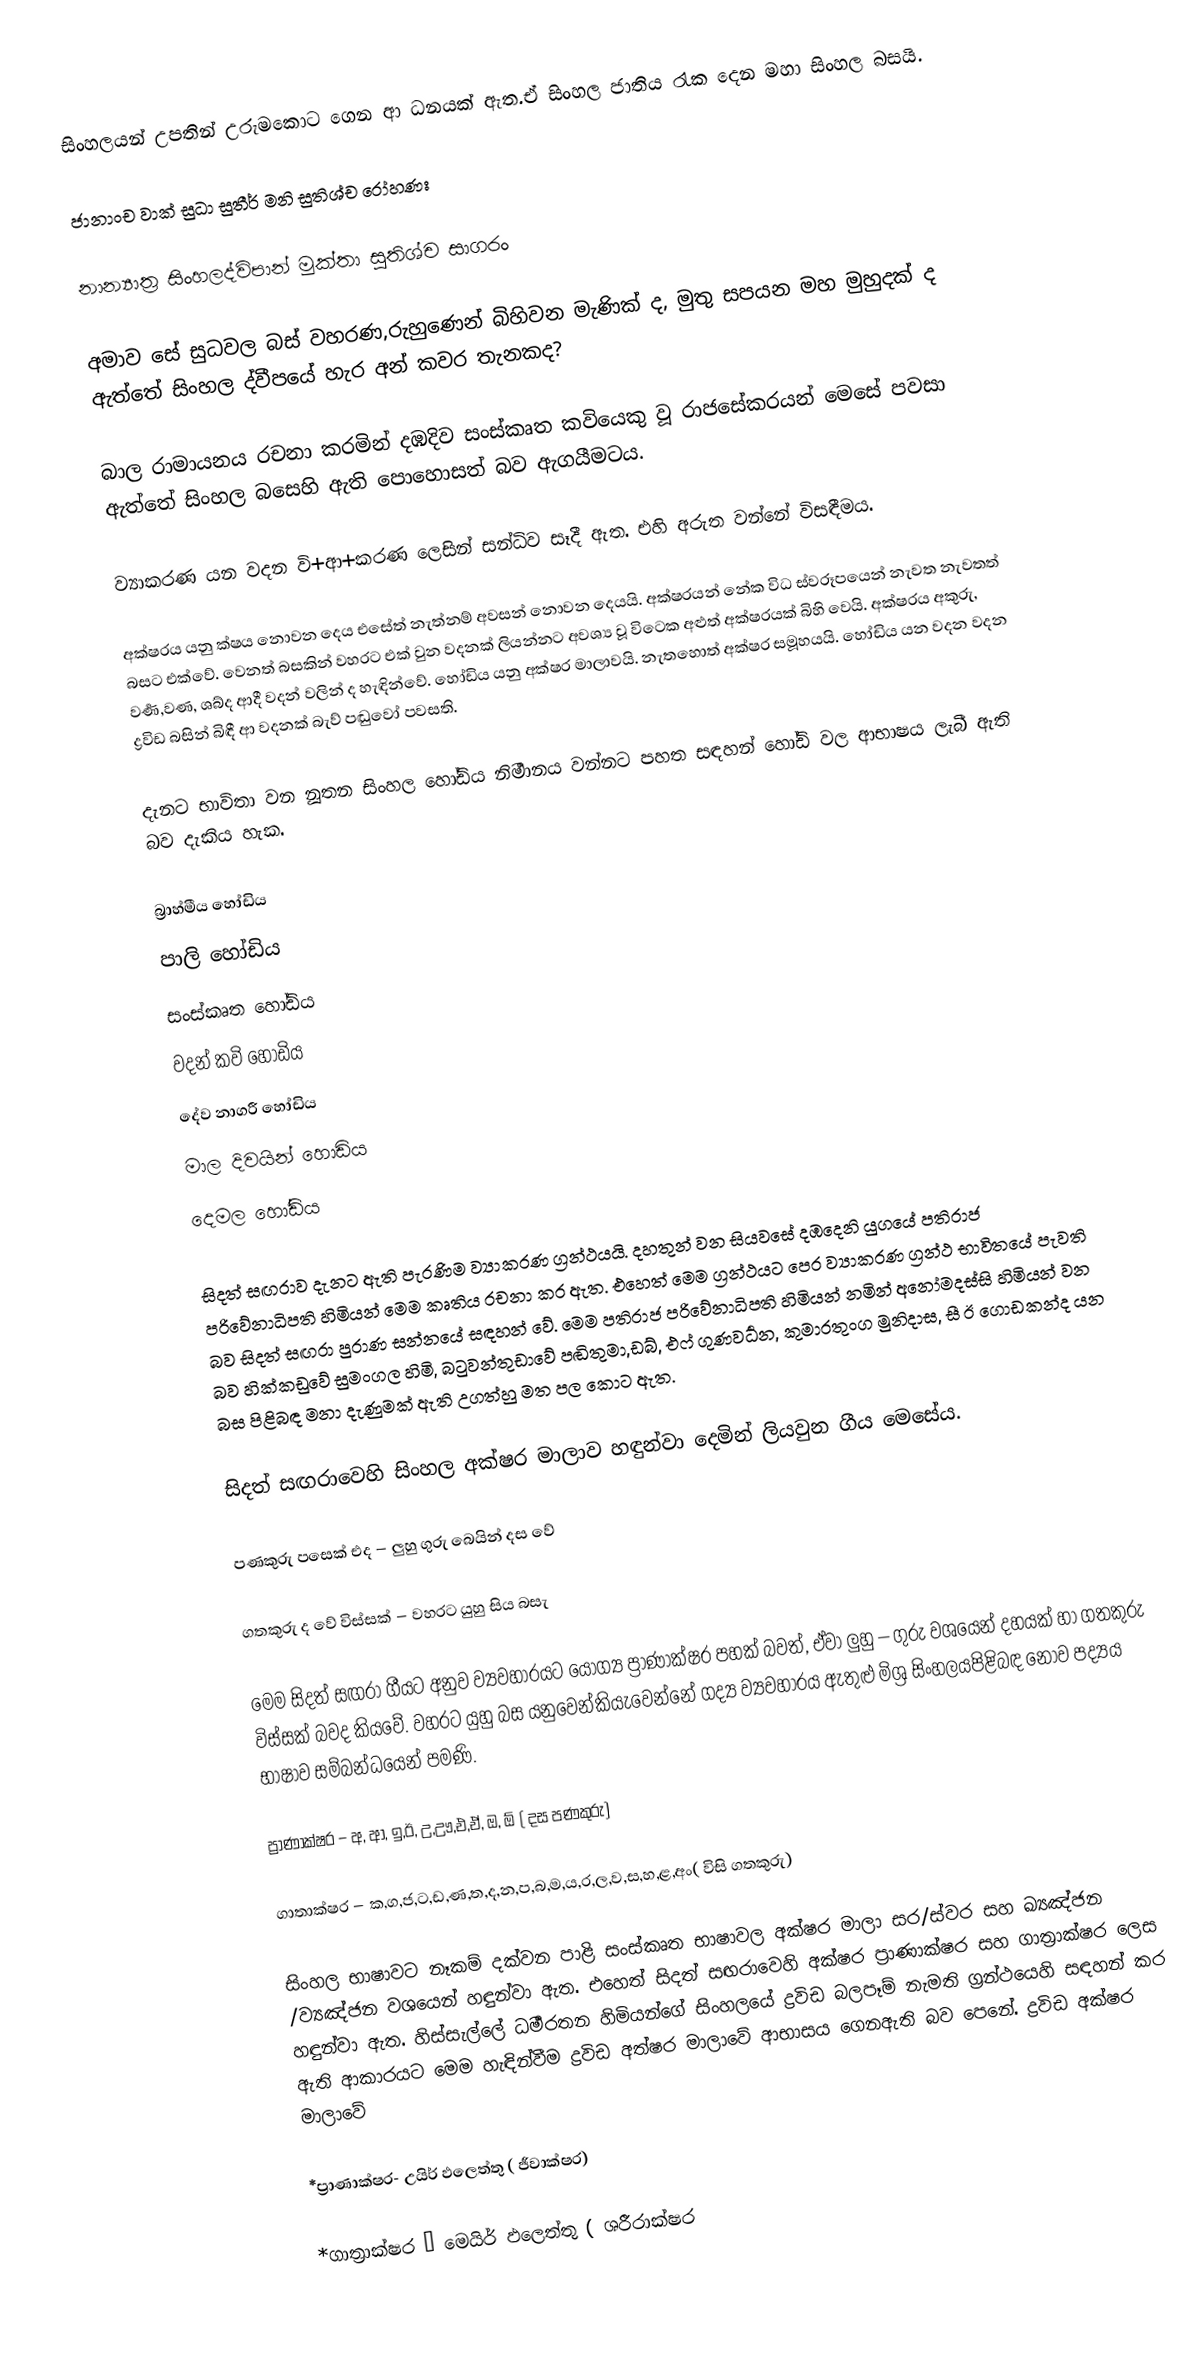
සිංහලයන් උපතින් උරුමකොට ගෙන ආ ධනයක් ඇත.ඒ සිංහල ජාතිය රැක දෙන මහා සිංහල බසයි.

ජානාංච වාක් සුධා සුතීර් මනි සුතිශ්ච රෝහණඃ

නාන්‍යාත්‍ර සිංහලද්විපාන් මුක්තා සුතිශ්ච සාගරං

අමාව සේ සුධවල බස් වහරණ,රුහුණෙන් බිහිවන මැණික් ද, මුතු සපයන මහ මුහුදක් ද ඇත්තේ සිංහල ද්වීපයේ හැර අන් කවර තැනකද?

බාල රාමායනය රචනා කරමින් දඹදිව සංස්කෘත කවියෙකු වූ රාජසේකරයන් මෙසේ පවසා ඇත්තේ සිංහල බසෙහි ඇති පොහොසත් බව ඇගයීමටය.

ව්‍යාකරණ යන වදන  වි+ආ+කරණ ලෙසින් සන්ධිව සෑදී ඇත. එහි අරුත වන්නේ විසඳීමය.

අක්ෂරය යනු ක්ෂය නොවන දෙය එසේත් නැත්නම් අවසන් නොවන දෙයයි. අක්ෂරයන් නේක විධ ස්වරූපයෙන් නැවත නැවතත් බසට එක්වේ. වෙනත් බසකින් වහරට එක් වුන වදනක් ලියන්නට අවශ්‍ය වූ විටෙක අළුත් අක්ෂරයක් බිහි වෙයි. අක්ෂරය අකුරු, වර්‍ණ,වණ, ශබ්ද ආදී වදන් වලින් ද හැඳින්වේ. හෝඩිය යනු අක්ෂර මාලාවයි. නැතහොත් අක්ෂර සමූහයයි. හෝඩිය යන වදන වදන ද්‍රවිඩ බසින් බිඳී ආ වදනක් බැව් පඬුවෝ පවසති.

දැනට භාවිතා වන නූතන සිංහල හෝඩිය නිර්‍මානය වන්නට පහත සඳහන් හෝඩි වල ආභාෂය ලැබී ඇති බව දැකිය හැක.

 බ්‍රාහ්මීය හෝඩිය
 පාලි හෝඩිය
 සංස්කෘත හෝඩිය
 වදන් කවි හෝඩිය
 දේව නාගරී හෝඩිය
 මාල දිවයින් හොඩිය
 දෙමල හෝඩිය

සිදත් සඟරාව දැනට ඇති පැරණිම ව්‍යාකරණ ග්‍රන්ථයයි. දහතුන් වන සියවසේ දඹදෙනි යුගයේ පතිරාජ පරිවේනාධිපති හිමියන් මෙම කෘතිය රචනා කර ඇත. එහෙත් මෙම ග්‍රන්ථයට පෙර ව්‍යාකරණ ග්‍රන්ථ භාවිතයේ පැවති බව සිදත් සඟරා පුරාණ සන්නයේ සඳහන් වේ. මෙම පතිරාජ පරිවේනාධිපති හිමියන් නමින් අනෝමදස්සි හිමියන් වන බව හික්කඩුවේ සුමංගල හිමි, බටුවන්තුඩාවේ පඬිතුමා,ඩබ්, එෆ් ගුණවර්‍ධන, කුමාරතුංග මුනිදාස, සී ඊ ගොඩකන්ද යන බස පිළිබඳ මනා දැණුමක් ඇති උගත්හු මත පල කොට ඇත.

සිදත් සඟරාවෙහි  සිංහල අක්ෂර මාලාව හඳුන්වා දෙමින් ලියවුන ගීය මෙසේය.

පණකුරු පසෙක් එද – ලුහු ගුරු බෙයින් දස වේ

ගතකුරු ද වේ විස්සක් – වහරට යුහු සිය බසැ

මෙම  සිදත් සඟරා ගීයට අනුව ව්‍යවහාරයට යෝග්‍ය ප්‍රාණාක්ෂර පහක් බවත්, ඒවා ලුහු – ගුරු වශයෙන් දහයක් හා ගතකුරු විස්සක් බවද කියවේ. වහරට යුහු බස යනුවෙන්කියැවෙන්නේ ගද්‍ය ව්‍යවහාරය ඇතුළු මිශ්‍ර සිංහලයපිළිබඳ නොව පද්‍යය භාෂාව සම්බන්ධයෙන් පමණි.

ප්‍රාණාක්ෂර  –   අ, ආ, ඉ,ඊ, උ,ඌ,එ,ඒ, ඔ, ඕ ( දස පණකුරු)

ගාතාක්ෂර   –   ක‚ග,ජ,ට,ඩ,ණ,ත,ද,න,ප,බ,ම,ය,ර,ල,ව,ස,හ,ළ,අං( විසි ගතකුරු)

සිංහල භාෂාවට නෑකම් දක්වන පාළි සංස්කෘත භාෂාවල අක්ෂර මාලා සර/ස්වර සහ ඛ්‍යඤ්ජන /ව්‍යඤ්ජන වශයෙන් හඳුන්වා ඇත. එහෙත් සිදත් සඟරාවෙහි අක්ෂර ප්‍රාණාක්ෂර සහ ගාත්‍රාක්ෂර ලෙස හඳුන්වා ඇත. හිස්සැල්ලේ ධර්‍මරතන හිමියන්ගේ සිංහලයේ ද්‍රවිඩ බලපෑම් නැමති ග්‍රන්ථයෙහි සඳහන් කර ඇති ආකාරයට මෙම හැඳින්වීම ද්‍රවිඩ අත්ෂර මාලාවේ ආභාසය ගෙනඇති බව පෙනේ. ද්‍රවිඩ අක්ෂර මාලාවේ

*ප්‍රාණාක්ෂර- උයිර් ඵලෙත්තු ( ජීවාක්ෂර)

*ගාත්‍රාක්ෂර – මෙයිර් ඵලෙත්තු ( ශරීරාක්ෂර